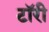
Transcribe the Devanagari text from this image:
टॉरी